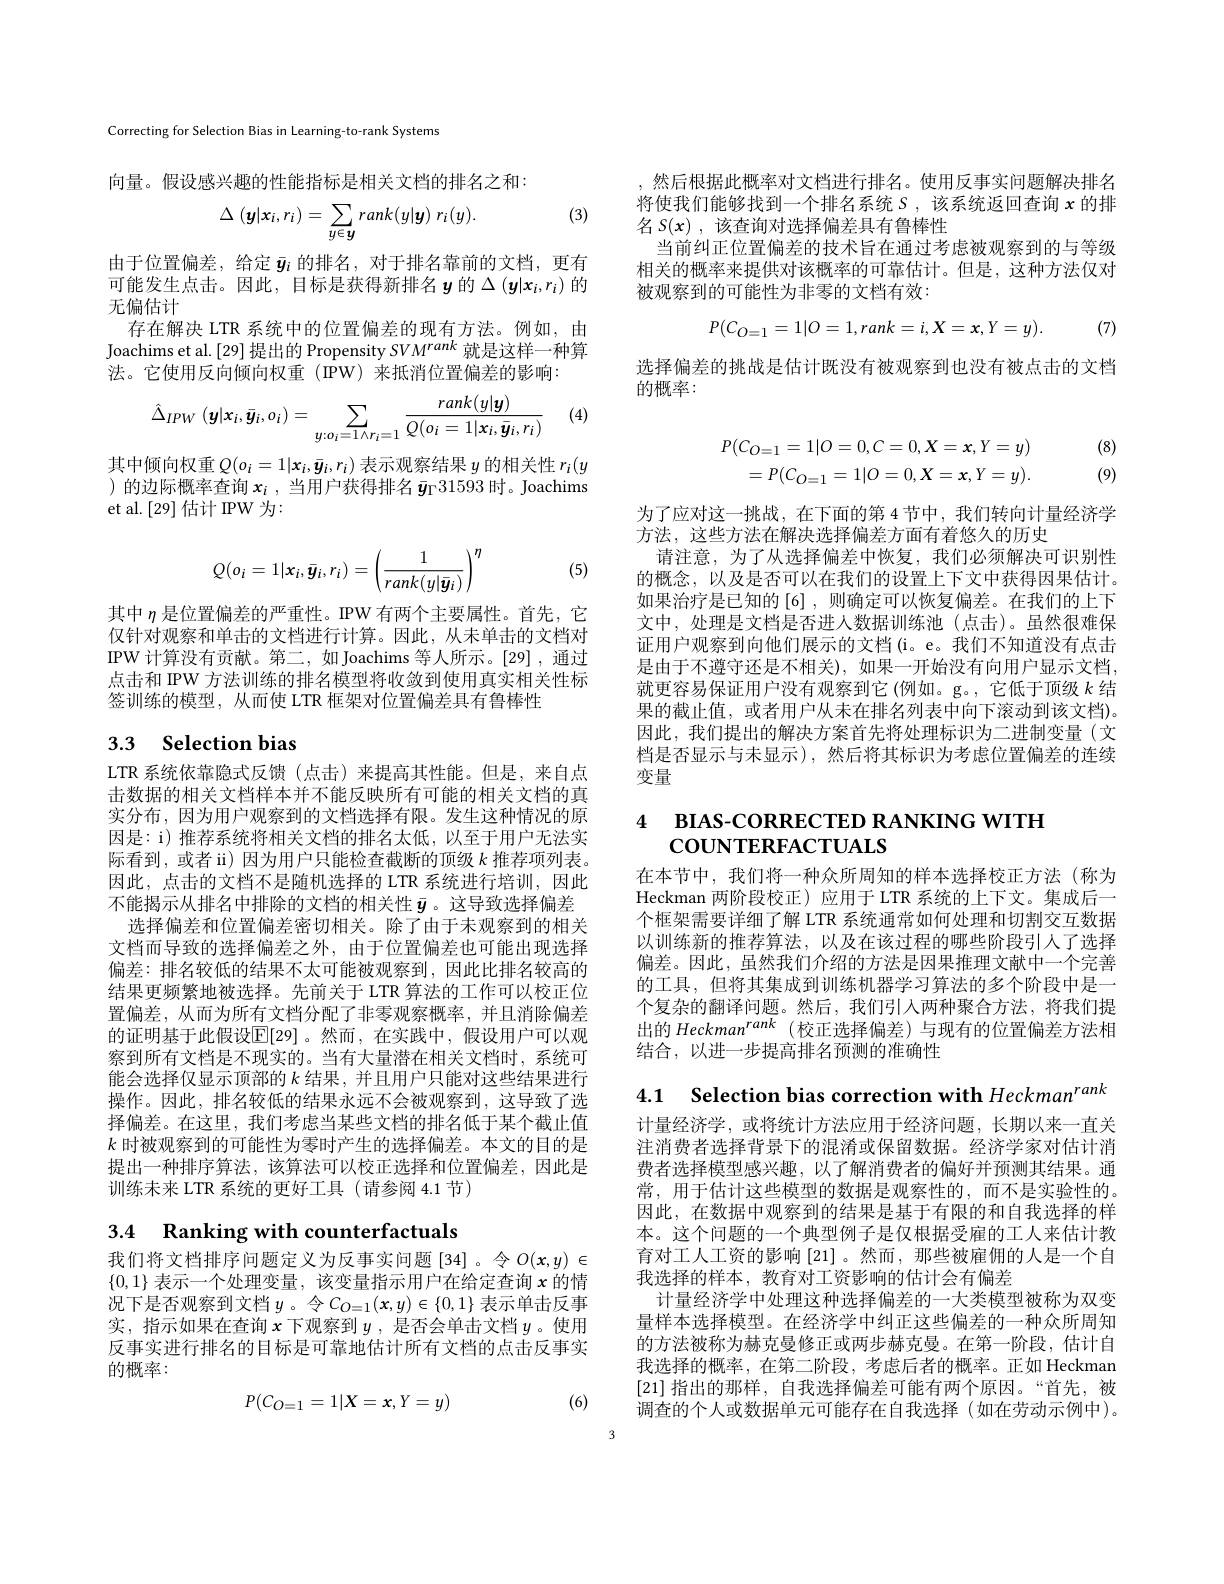
Correcting for Selection Bias in Learning-to-rank Systems

向量。假设感兴趣的性能指标是相关文档的排名之和：

(3)
$$\Delta\:(\boldsymbol{y}|\boldsymbol{x}_i,r_i)=\sum_{y\in\boldsymbol{y}}rank(y|\boldsymbol{y})\:r_i(y).$$
由于位置偏差，给定$\bar{\boldsymbol{y}}_i$的排名，对于排名靠前的文档，更有可能发生点击。因此，目标是获得新排名$y$的$\Delta\left(\boldsymbol{y}|x_i,r_i\right)$的无偏估计
存在解决 LTR 系统中的位置偏差的现有方法。例如，由Joachims et al.[29] 提出的 Propensity $SVM^{rank}$就是这样一种算法。它使用反向倾向权重(IPW)来抵消位置偏差的影响：

(4)
$$\hat{\Delta}_{IPW}\:(\boldsymbol{y}|\boldsymbol{x}_i,\bar{\boldsymbol{y}}_i,o_i)=\sum_{y:o_i=1\wedge r_i=1}\frac{rank(y|\boldsymbol{y})}{Q(o_i=1|\boldsymbol{x}_i,\bar{\boldsymbol{y}}_i,r_i)}$$
其中倾向权重$Q(o_i=1|x_i,\bar{\boldsymbol{y}}_i,r_i)$表示观察结果$y$的相关性$r_i(y$ )的边际概率查询$x_i$ ,当用户获得排名$\bar{\boldsymbol{y}}_\Gamma31593$时。Joachims et al.[29]估计 IPW 为：
$$Q(o_i=1|x_i,\bar{\boldsymbol{y}}_i,r_i)=\left(\frac{1}{rank(y|\bar{\boldsymbol{y}}_i)}\right)^\eta $$
(5)

其中$\eta$是位置偏差的严重性。IPW 有两个主要属性。首先，它仅针对观察和单击的文档进行计算。因此，从未单击的文档对IPW 计算没有贡献。第二，如 Joachims 等人所示。[29] ,通过点击和 IPW 方法训练的排名模型将收敛到使用真实相关性标签训练的模型，从而使 LTR 框架对位置偏差具有鲁棒性

# 3.3 Selection bias

LTR 系统依靠隐式反馈 (点击)来提高其性能。但是，来自点击数据的相关文档样本并不能反映所有可能的相关文档的真实分布，因为用户观察到的文档选择有限。发生这种情况的原因是：i) 推荐系统将相关文档的排名太低，以至于用户无法实际看到，或者 ii)因为用户只能检查截断的顶级$k$推荐项列表。因此，点击的文档不是随机选择的 LTR 系统进行培训，因此不能揭示从排名中排除的文档的相关性$\bar{\boldsymbol{y}}$。这导致选择偏差
选择偏差和位置偏差密切相关。除了由于未观察到的相关文档而导致的选择偏差之外，由于位置偏差也可能出现选择偏差：排名较低的结果不太可能被观察到，因此比排名较高的结果更频繁地被选择。先前关于 LTR 算法的工作可以校正位置偏差，从而为所有文档分配了非零观察概率，并且消除偏差的证明基于此假设$\mathbb{E}[29]$。然而，在实践中，假设用户可以观察到所有文档是不现实的。当有大量潜在相关文档时，系统可能会选择仅显示顶部的$k$结果 , 并且用户只能对这些结果进行操作。因此，排名较低的结果永远不会被观察到，这导致了选择偏差。在这里，我们考虑当某些文档的排名低于某个截止值$k$时被观察到的可能性为零时产生的选择偏差。本文的目的是提出一种排序算法，该算法可以校正选择和位置偏差，因此是训练未来 LTR 系统的更好工具 (请参阅 4.1 节)

# 3.4 Ranking with counterfactuals

我们将文档排序问题定义为反事实问题[34]。令$O(x,y)\in$ $\{0,1\}$表示一个处理变量，该变量指示用户在给定查询$x$的情况下是否观察到文档$y$。令$C_O=1(\boldsymbol{x},y)\in\{0,1\}$ 表示单击反事实，指示如果在查询$x$下观察到$y$ ,是否会单击文档$y$。使用反事实进行排名的目标是可靠地估计所有文档的点击反事实的概率：

(6)
$$P(C_{O=1}=1|X=x,Y=y)$$
,然后根据此概率对文档进行排名。使用反事实问题解决排名将使我们能够找到一个排名系统 S ,该系统返回查询$x$的排名$S( x)$ ,该查询对选择偏差具有鲁棒性
当前纠正位置偏差的技术旨在通过考虑被观察到的与等级相关的概率来提供对该概率的可靠估计。但是，这种方法仅对被观察到的可能性为非零的文档有效：
$$P(C_{O=1}=1|O=1,rank=i,X=x,Y=y).$$
(7)

选择偏差的挑战是估计既没有被观察到也没有被点击的文档
的概率：
$$P(C_{O=1}=1|O=0,C=0,X=x,Y=y)\\=P(C_{O=1}=1|O=0,X=x,Y=y).$$
(8) (9)

为了应对这一挑战，在下面的第 4节中，我们转向计量经济学
方法，这些方法在解决选择偏差方面有着悠久的历史
请注意，为了从选择偏差中恢复，我们必须解决可识别性的概念，以及是否可以在我们的设置上下文中获得因果估计。如果治疗是已知的[6] ,则确定可以恢复偏差。在我们的上下文中，处理是文档是否进入数据训练池(点击)。虽然很难保证用户观察到向他们展示的文档(i。e。我们不知道没有点击是由于不遵守还是不相关),如果一开始没有向用户显示文档， 就更容易保证用户没有观察到它(例如。g。,它低于顶级$k$结果的截止值，或者用户从未在排名列表中向下滚动到该文档)。因此，我们提出的解决方案首先将处理标识为二进制变量(文档是否显示与未显示),然后将其标识为考虑位置偏差的连续变量

# 4 вIАS-СОRRECTED RANKING WITH COUNTERFACTUALS

在本节中，我们将一种众所周知的样本选择校正方法(称为Heckman 两阶段校正)应用于 LTR 系统的上下文。集成后一个框架需要详细了解 LTR 系统通常如何处理和切割交互数据以训练新的推荐算法，以及在该过程的哪些阶段引入了选择偏差。因此，虽然我们介绍的方法是因果推理文献中一个完善的工具，但将其集成到训练机器学习算法的多个阶段中是一个复杂的翻译问题。然后，我们引入两种聚合方法，将我们提出的 Heckman$^{rank}$ (校正选择偏差)与现有的位置偏差方法相结合，以进一步提高排名预测的准确性

4.1 Selection bias correction with Heckman$^{rank}$ 计量经济学，或将统计方法应用于经济问题，长期以来一直关注消费者选择背景下的混淆或保留数据。经济学家对估计消费者选择模型感兴趣，以了解消费者的偏好并预测其结果。通常，用于估计这些模型的数据是观察性的，而不是实验性的。因此，在数据中观察到的结果是基于有限的和自我选择的样本。这个问题的一个典型例子是仅根据受雇的工人来估计教育对工人工资的影响[21]。然而，那些被雇佣的人是一个自我选择的样本，教育对工资影响的估计会有偏差
计量经济学中处理这种选择偏差的一大类模型被称为双变量样本选择模型。在经济学中纠正这些偏差的一种众所周知的方法被称为赫克曼修正或两步赫克曼。在第一阶段，估计自我选择的概率，在第二阶段，考虑后者的概率。正如 Heckman [21]指出的那样，自我选择偏差可能有两个原因。“首先，被调查的个人或数据单元可能存在自我选择(如在劳动示例中)。

3